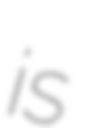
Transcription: is